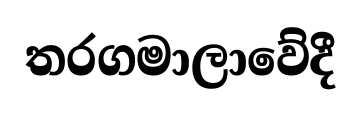
තරගමාලාවේදී